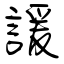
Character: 諼